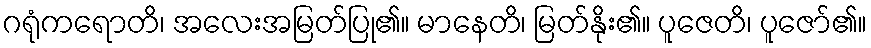
ဂရုံကရောတိ၊ အလေးအမြတ်ပြု၏။ မာနေတိ၊ မြတ်နိုး၏။ ပူဇေတိ၊ ပူဇော်၏။